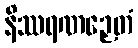
နိဿရဏဉှေတံ